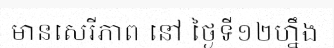
មានសេរីភាព នៅ ថ្ងៃទី១២ហ្នឹង